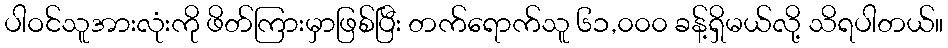
ပါဝင်သူအားလုံးကို ဖိတ်ကြားမှာဖြစ်ပြီး တက်ရောက်သူ ၆၁,၀၀၀ ခန့်ရှိမယ်လို့ သိရပါတယ်။